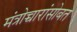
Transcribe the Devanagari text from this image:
मंत्रोच्चारांसोबत